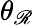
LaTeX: \theta_{\mathscr{R}}